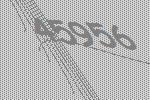
45956